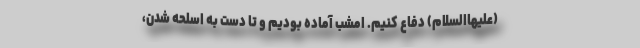
(علیهاالسلام) دفاع کنیم. امشب آماده بودیم و تا دست به اسلحه شدن،